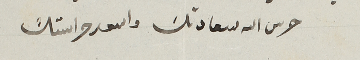
حرس الله سعادتك واسعد حراستك